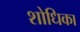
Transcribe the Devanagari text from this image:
शोधिका